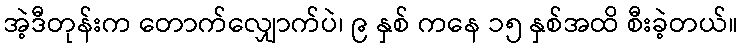
အဲ့ဒီတုန်းက တောက်လျှောက်ပဲ၊ ၉ နှစ် ကနေ ၁၅ နှစ်အထိ စီးခဲ့တယ်။